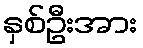
နှစ်ဦးအား